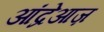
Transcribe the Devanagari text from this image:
आंद्रेआज़